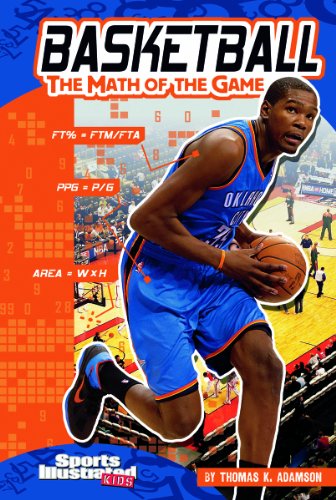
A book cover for Basketball: The Math of the Game (Sports Math); Thomas K. Adamson; Children's Books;